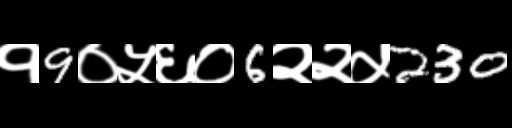
Text: १9०५६०6२२५230